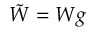
{ \tilde { W } } = W g